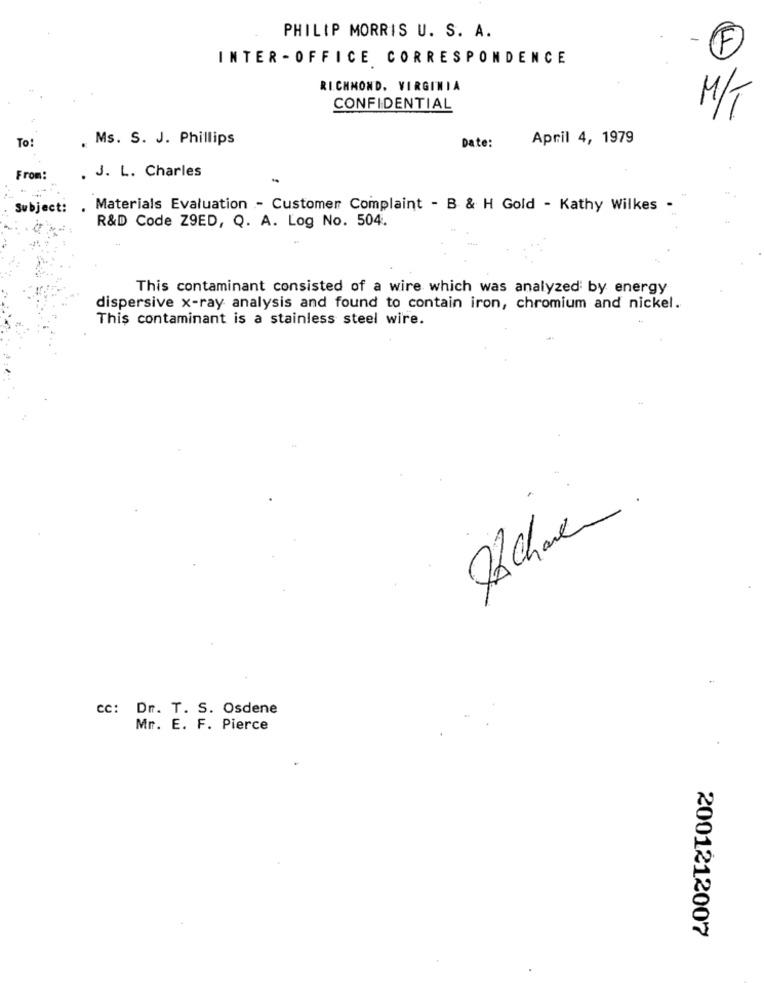
PHILIP MORRIS U. S. A.
F
INTER - OFFICE CORRESPONDENCE
RICHMOND, VIRGINIA
CONFIDENTIAL
M/T
To:
Ms. S. J. Phillips
April 4, 1979
Date:
. J. L. Charles
From:
Subject: .
Materials Evaluation - Customer Complaint - B & H Gold - Kathy Wilkes -
R&D Code Z9ED, Q. A. Log No. 504.
This contaminant consisted of a wire which was analyzed by energy
dispersive x-ray analysis and found to contain iron, chromium and nickel.
This contaminant is a stainless steel wire.
22 charen
CC: Dr. T. S. Osdene
Mr. E. F. Pierce
2001212007